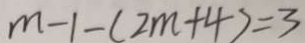
m - 1 - ( 2 m + 4 ) = 3